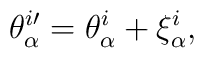
\theta _\alpha ^{i\prime }=\theta _\alpha ^i+\xi _\alpha ^i,